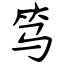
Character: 笃